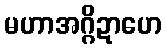
မဟာအဂ္ဂိဍာဟေ